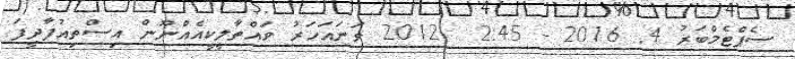
ސެޕްޓެމްބަރު 4